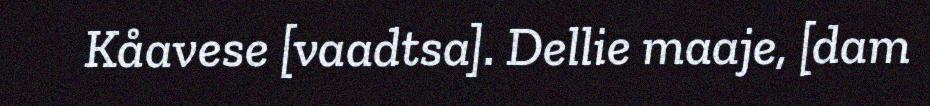
Kåavese [vaadtsa]. Dellie maaje, [dam